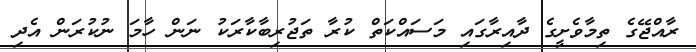
ރާއްޖޭގެ ތިމާވެށީގެ ދާއިރާގައި މަސައްކަތް ކުރާ ތަޖުރިބާކާރަކު ނަން ހާމަ ނުކުރަން އެދި